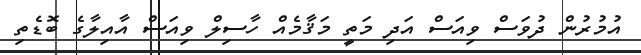
އުމުރުން ދުވަސް ވިއަސް އަދި މަތީ މަޤާމެއް ހާސިލް ވިއަސް އާއިލާގެ ބޮޑެތި